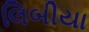
લિબીયા